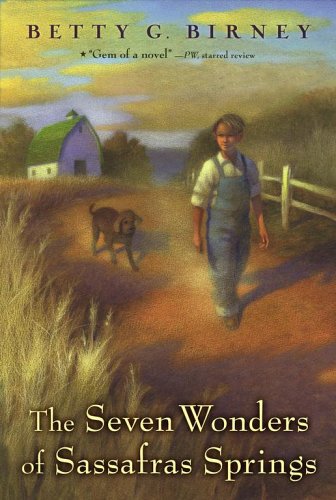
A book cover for The Seven Wonders of Sassafras Springs; Betty G. Birney; Children's Books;